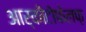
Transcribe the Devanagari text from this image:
आर्कीटोफेलफ़